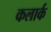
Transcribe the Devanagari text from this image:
कलार्क